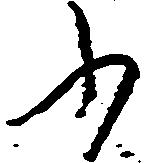
ふ